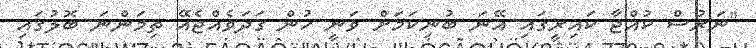
"ނަރުސް ކުއްޖާ ކައިރީގައި އޭނަ ބުނިކަމަށް ވަނީ ހުން ގަދަވެއްޖެއޭ ތިމަންނަ ބޮލުގައި